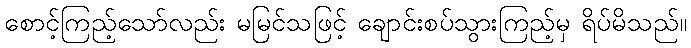
စောင့်ကြည့်သော်လည်း မမြင်သဖြင့် ချောင်းစပ်သွားကြည့်မှ ရိပ်မိသည်။